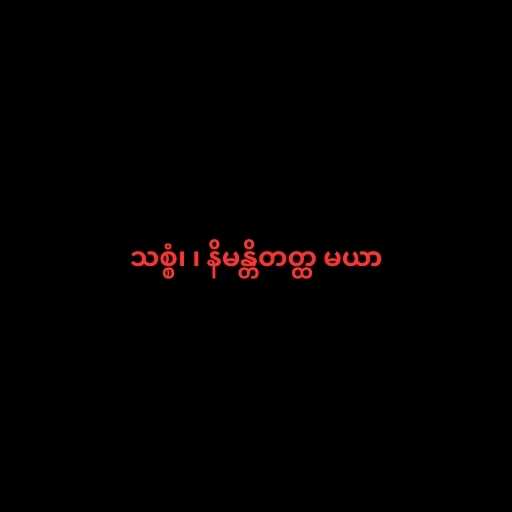
သစ္စံ၊ ၊ နိမန္တိတတ္ထ မယာ